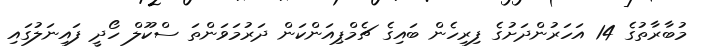
މުބާރާތުގެ 14 އަހަރުންދަށުގެ ފިރިހެން ބައިގެ ޗެމްޕިއަންކަން ދަރުމަވަންތަ ސްކޫލް ހޯދީ ފައިނަލުގައި